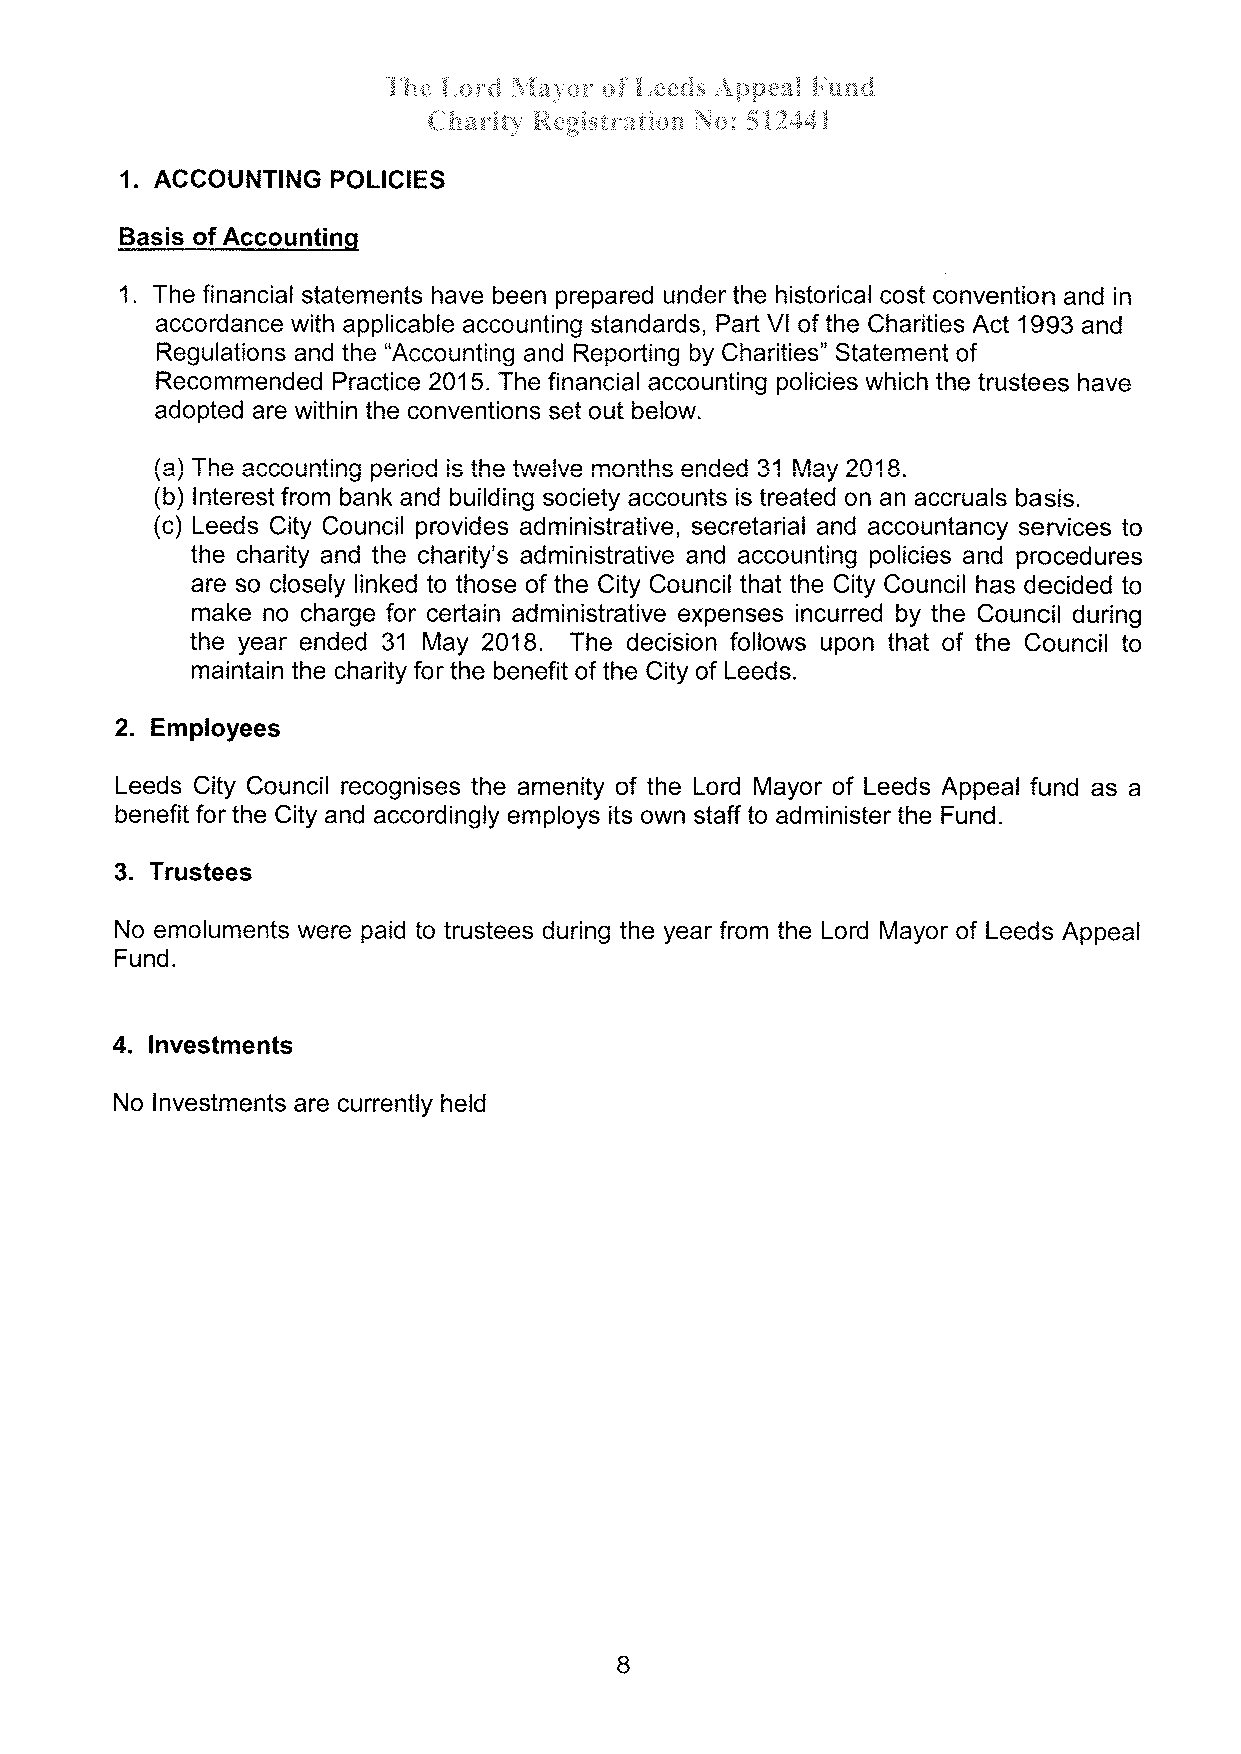
'å'h+    þlaç*r *f    ;\pp+*f
 å,q;:"cf     å.**:sJ:¡   Fæn¿i"
 {-, fu æ ri tt, þ1,**i rlïr* ii* r¡ S q: : 5 å 3'.4*{ t
 1. ACCOUNTING POLICIES
 Basis of Accountinq
 1. The financial statements have been prepared under the historical cost convention and in
 accordance with applicable accounting standards, Part Vl of the Charities Act 1993 and
 Regulations and the "Accounting and Reporling by Charities" Statement of
 Recommended Practice 2015. The financial accounting policies which the trustees have
 adopted are within the conventions set out below.
 /a\ Tho â/'ìnnrrnfinn narinr.l ic fha frrralrro mnnfhc anr{arl ?l l\larr t^4A
 \u/ . ,    rrrr rv },vr.vv rv rr rv ttYvr Yv r r rvr rrr ru vt r rrtu,
 (b) lnterest from bank and building society accounts is treated on an accruals basis.
 (c) Leeds City Council provides administrative, secretarial and accountancy services to
 the charity and the charity's administrative and accounting policies and procedures
 are so closely linked to those of the City Council that the City Council has decided to
 make no charge for certain administrative expenses incurred by the Council during
 the year ended 31 May 2018. The decision follows upon that of the Council to
 maintain the charity for the benefit of the City of Leeds.
 2. Employees
 Leeds City Council recognises the amenity of the Lord Mayor of Leeds Appeal fund as a
 benefit for the City and accordingly employs its own staff to administer the Fund.
 3. Trustees
 No emoluments were paid to trustees during the year from the Lord Mayor of Leeds Appeal
 Fund.
 4. lnvestments
 No lnvestments are currently held
 I